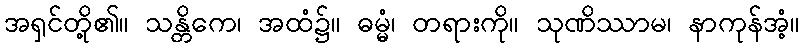
အရှင်တို့၏။ သန္တိကေ၊ အထံ၌။ ဓမ္မံ၊ တရားကို။ သုဏိဿာမ၊ နာကုန်အံ့။